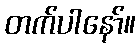
တက်ပါနော်။